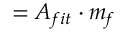
{ } = { } A _ { f i t } { } \cdot { } m _ { f }